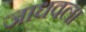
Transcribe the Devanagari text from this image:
जाधवला